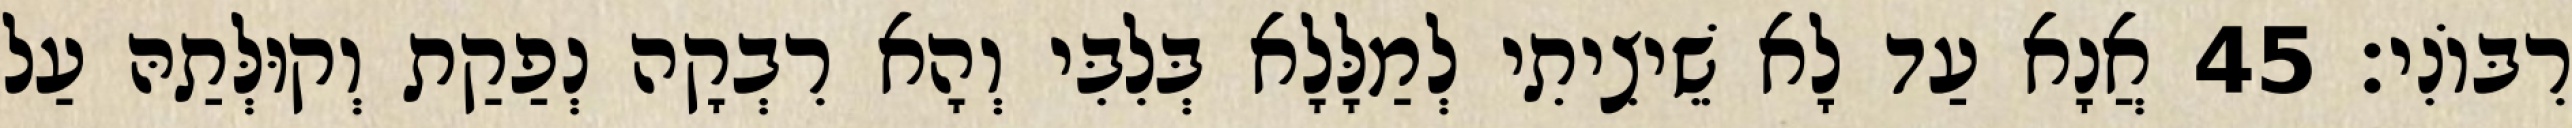
רִבּוֹנִי׃ 45 אֲנָא עַד לָא שֵׁיצִיתִי לְמַלָּלָא בְּלִבִּי וְהָא רִבְקָה נְפַקַת וְקוּלְּתַהּ עַל